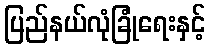
ပြည်နယ်လုံခြုံရေးနှင့်